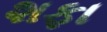
શફા